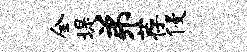
全堤弟荐侵